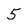
Character: 5